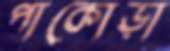
পাকোড়া